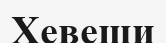
Хевеши